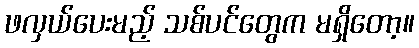
ဖလှယ်ပေးမည့် သစ်ပင်တွေက မရှိတော့။